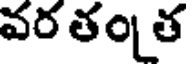
వర తం త